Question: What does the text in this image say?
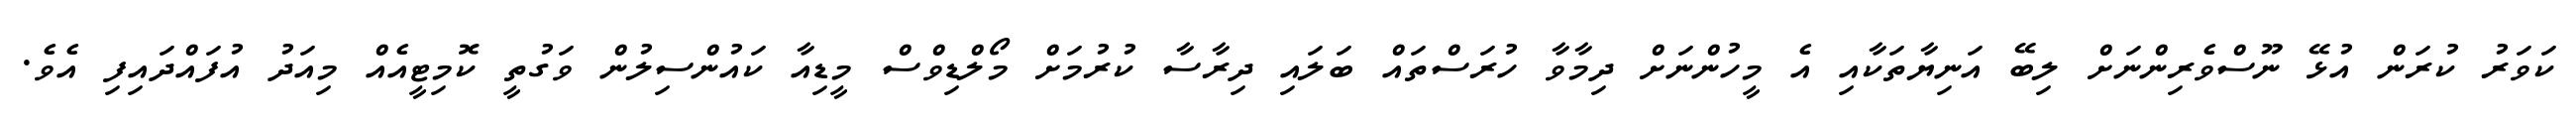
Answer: ކަވަރު ކުރަން އުޅޭ ނޫސްވެރިންނަށް ލިބޭ އަނިޔާތަކާއި އެ މީހުންނަށް ދިމާވާ ހުރަސްތައް ބަލައި ދިރާސާ ކުރުމަށް މޯލްޑިވްސް މީޑިއާ ކައުންސިލުން ވަގުތީ ކޮމިޓީއެއް މިއަދު އުފައްދައިފި އެވެ.